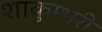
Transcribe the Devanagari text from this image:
शाकुम्भरी